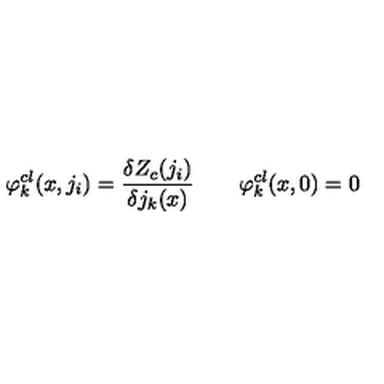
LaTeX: \varphi _ { k } ^ { c l } ( x , j _ { i } ) = { \frac { \delta Z _ { c } ( j _ { i } ) } { \delta j _ { k } ( x ) } } \qquad \varphi _ { k } ^ { c l } ( x , 0 ) = 0